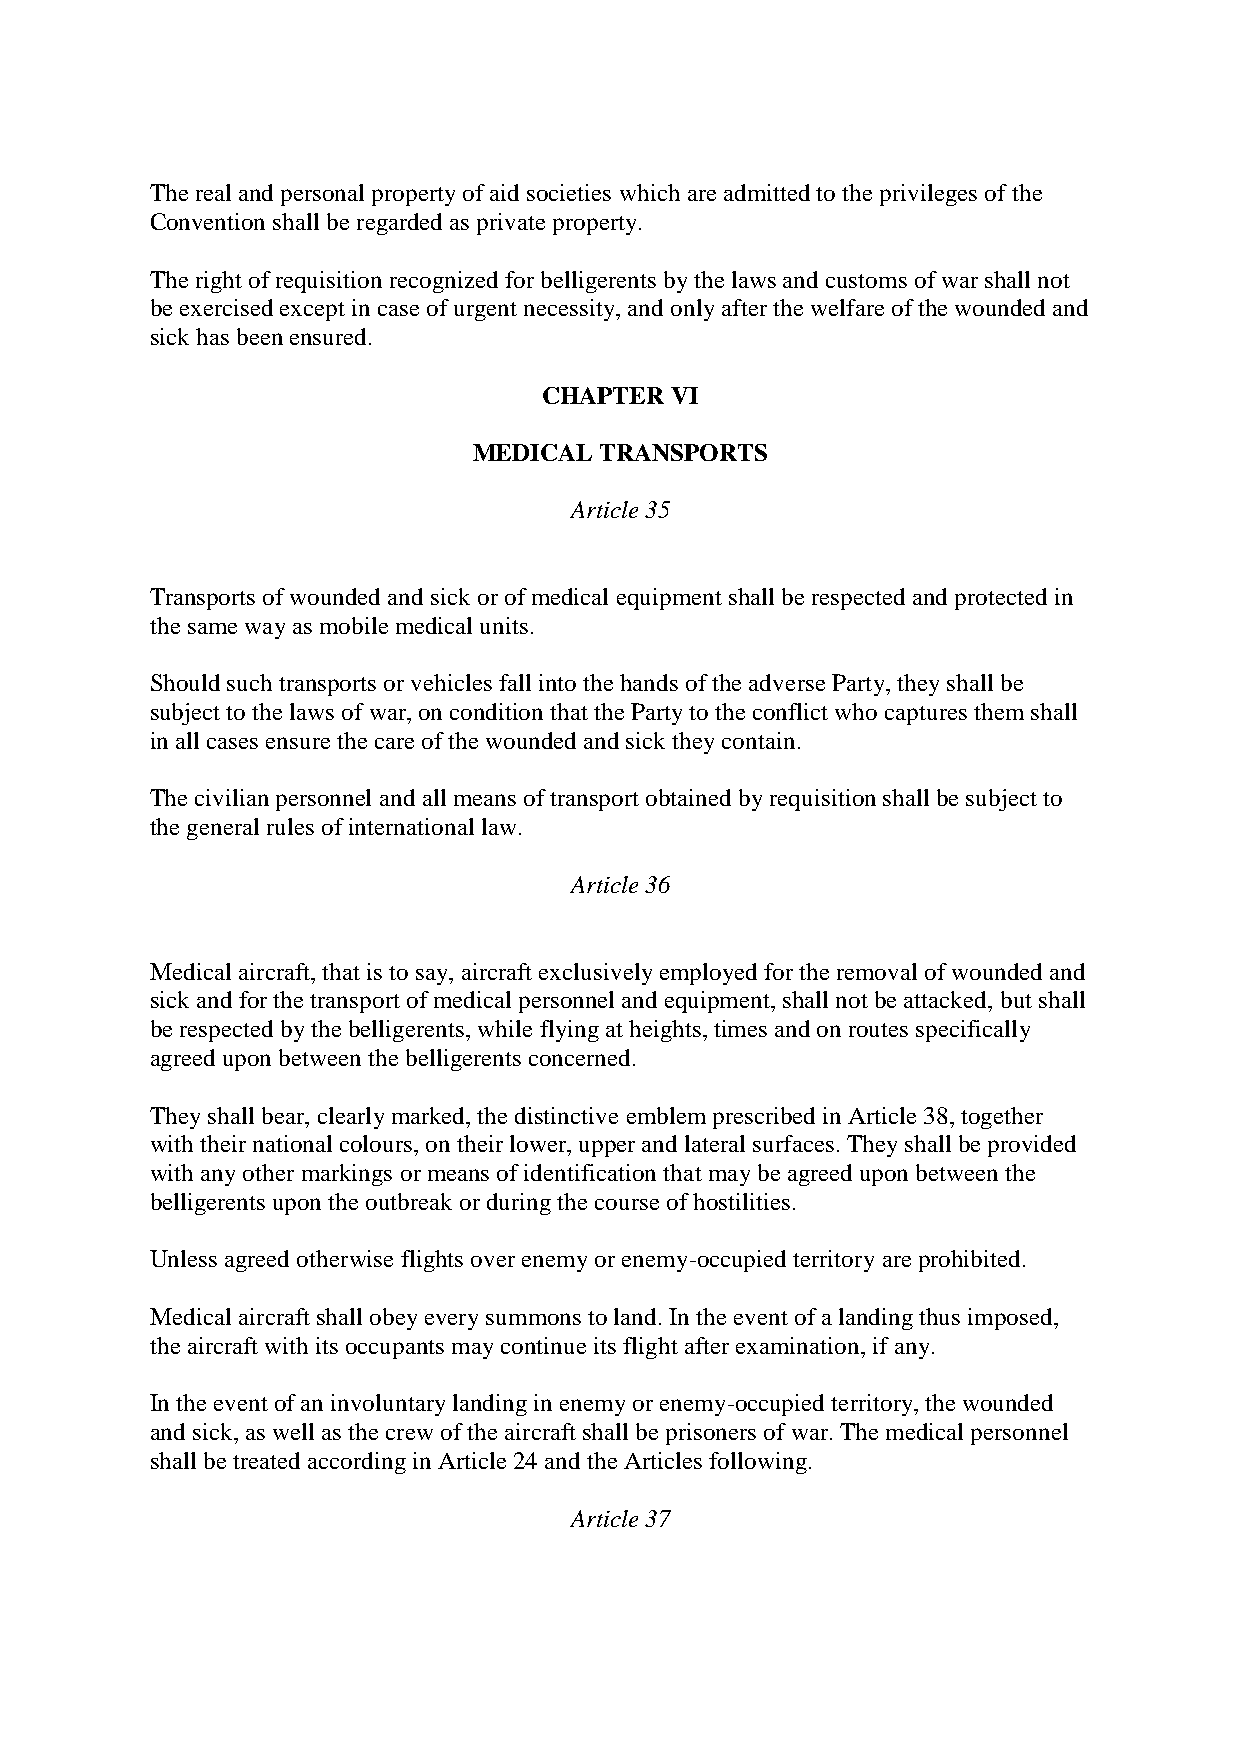
The real and personal property of aid societies which are admitted to the privileges of the
 Convention shall be regarded as private property.
 The right of requisition recognized for belligerents by the laws and customs of war shall not
 be exercised except in case of urgent necessity, and only after the welfare of the wounded and
 sick has been ensured.
 CHAPTER VI
 MEDICAL  TRANSPORTS
 Article 35
 Transports of wounded and sick or of medical equipment shall be respected and protected in
 the same way as mobile medical units.
 Should such transports or vehicles fall into the hands of the adverse Party, they shall be
 subject to the laws of war, on condition that the Party to the conflict who captures them shall
 in all cases ensure the care of the wounded and sick they contain.
 The civilian personnel and all means of transport obtained by requisition shall be subject to
 the general rules of international law.
 Article 36
 Medical aircraft, that is to say, aircraft exclusively employed for the removal of wounded and
 sick and for the transport of medical personnel and equipment, shall not be attacked, but shall
 be respected by the belligerents, while flying at heights, times and on routes specifically
 agreed upon between the belligerents concerned.
 They shall bear, clearly marked, the distinctive emblem prescribed in Article 38, together
 with their national colours, on their lower, upper and lateral surfaces. They shall be provided
 with any other markings or means of identification that may be agreed upon between the
 belligerents upon the outbreak or during the course of hostilities.
 Unless agreed otherwise flights over enemy or enemy-occupied territory are prohibited.
 Medical aircraft shall obey every summons to land. In the event of a landing thus imposed,
 the aircraft with its occupants may continue its flight after examination, if any.
 In the event of an involuntary landing in enemy or enemy-occupied territory, the wounded
 and sick, as well as the crew of the aircraft shall be prisoners of war. The medical personnel
 shall be treated according in Article 24 and the Articles following.
 Article 37